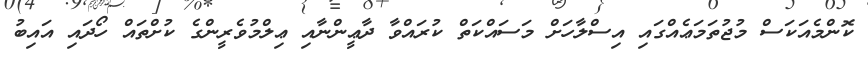
ކޮންމެއަކަސް މުޖުތަމަޢެއްގައި އިސްލާހަށް މަސައްކަތް ކުރައްވާ ދާޢީންނާއި ޢިލްމުވެރީންގެ ކުށްތައް ހޯދައި އައިބު